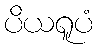
ပိယရူပံ